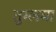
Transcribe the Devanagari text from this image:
तुग्लमा